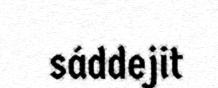
sáddejit